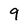
Character: 9